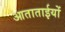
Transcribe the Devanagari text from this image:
आताताईयों